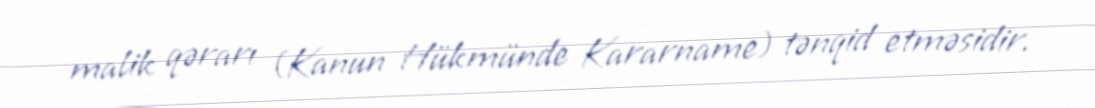
malik qərarı (Kanun Hükmünde Kararname) tənqid etməsidir.